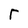
Character: r